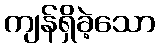
ကျန်ရှိခဲ့သော